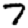
Digit: 7